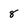
Character: 8